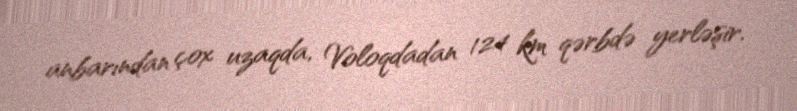
anbarından çox uzaqda, Voloqdadan 124 km qərbdə yerləşir.